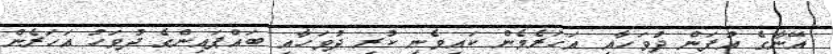
އޭނާގެ އުފަން ދުވަހާއި އަހަރެމެން ކައިވެނި ކުރި ދުވަހާއި ބައްޕައިންގެ ދުވަހު އަހަރެން